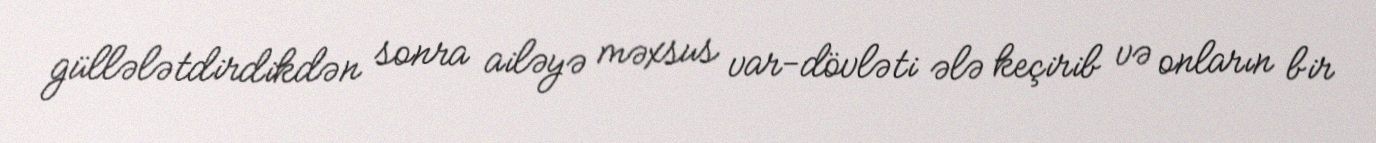
güllələtdirdikdən sonra ailəyə məxsus var-dövləti ələ keçirib və onların bir